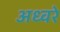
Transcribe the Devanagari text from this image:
अध्वरे